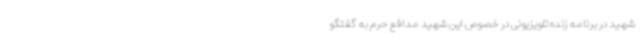
شهید در برنامه زنده تلویزیونی در خصوص این شهید مدافع حرم به گفتگو